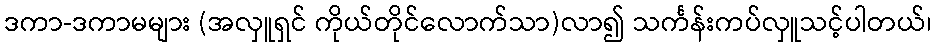
ဒကာ-ဒကာမများ (အလှူရှင် ကိုယ်တိုင်လောက်သာ)လာ၍ သင်္ကန်းကပ်လှူသင့်ပါတယ်၊